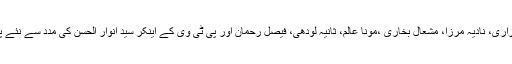
پی ٹی وی نیوز پر نشریاتی مواد میں بہتری کیلئے معروف صحافی اویس توحید، منیبا مزاری، نادیہ مرزا، مشعال بخاری ،مونا عالم، ثانیہ لودھی، فیصل رحمان اور پی ٹی وی کے اینکر سید انوار الحسن کی مدد سے نئے پروگرام ہفتے کے مختلف دنوں میں شام 7 سے رات 11 بجے تک پیش کیے جائیں گے۔